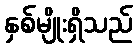
နှစ်မျိုးရှိသည်